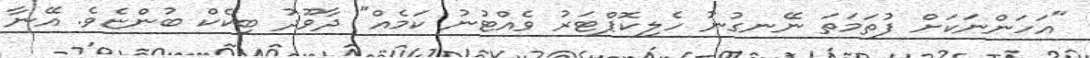
"އަހަންނަކަށް ފުތަމަތަ ނޭނގުނު ހެލިކޮޕްޓަރު ވެއްޓުނު ކަމެއް" ދާވޫދު ބިކެކް ބުންޏެވެ. އޭނާ